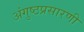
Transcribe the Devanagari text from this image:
अंगुष्ठप्रसारणी